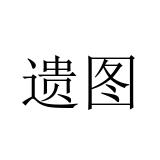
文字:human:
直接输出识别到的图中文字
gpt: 遗图